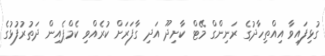
ގުޅިފައިވާ އިއްތިހާދުގެ ރަނިންގް މޭޓް ކާށިދޫ އަދި ގާފަރަށް ކުރެއްވި ކެމްޕެއިން ދަތުރުފުޅުގެ